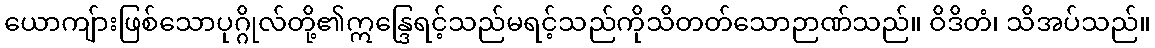
ယောကျ်ားဖြစ်သောပုဂ္ဂိုလ်တို့၏ဣန္ဒြေရင့်သည်မရင့်သည်ကိုသိတတ်သောဉာဏ်သည်။ ဝိဒိတံ၊ သိအပ်သည်။